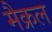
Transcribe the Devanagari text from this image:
मैक्रल